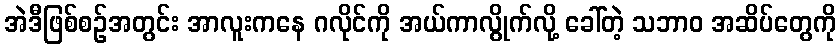
အဲဒီဖြစ်စဉ်အတွင်း အာလူးကနေ ဂလိုင်ကို အယ်ကာလွိုက်လို့ ခေါ်တဲ့ သဘာဝ အဆိပ်တွေကို